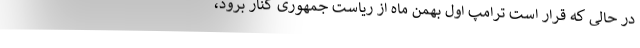
در حالی که قرار است ترامپ اول بهمن ماه از ریاست جمهوری کنار برود،